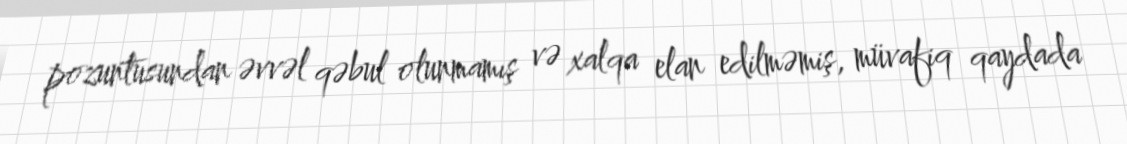
pozuntusundan əvvəl qəbul olunmamış və xalqa elan edilməmiş, müvafiq qaydada